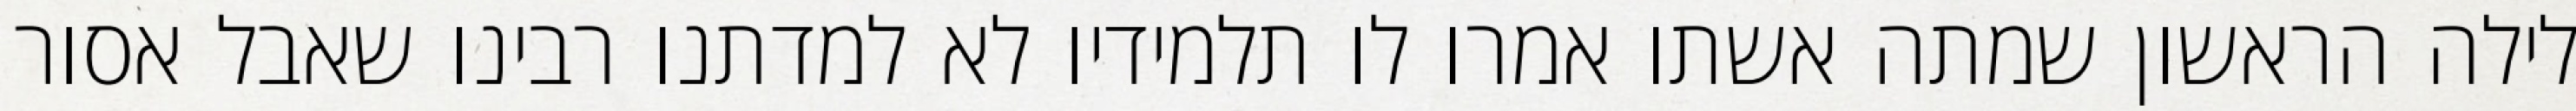
לילה הראשון שמתה אשתו אמרו לו תלמידיו לא למדתנו רבינו שאבל אסור